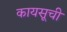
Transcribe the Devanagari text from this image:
कायसूची